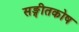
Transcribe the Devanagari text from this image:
सङ्गीतकोष